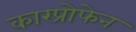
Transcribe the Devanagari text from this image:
कारप्रोफेन